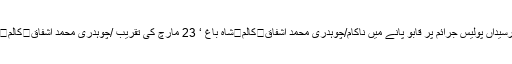
کالم	تھانہ کلرسیداں پولیس جرائم پر قابو پانے میں ناکام/چوہدری محمد اشفاق	کالم	شاہ باغ ‘ 23 مارچ کی تقریب /چوہدری محمد اشفاق	کالم	پکیاں سڑکاں۔